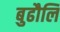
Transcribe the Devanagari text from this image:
बुढौलि